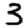
Digit: 3